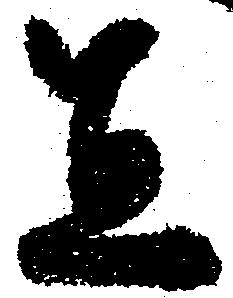
宜